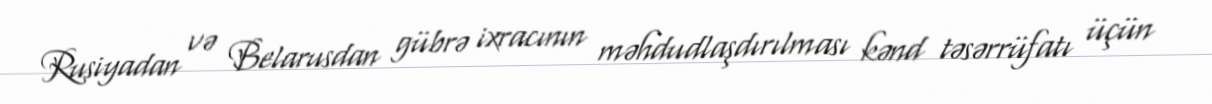
Rusiyadan və Belarusdan gübrə ixracının məhdudlaşdırılması kənd təsərrüfatı üçün